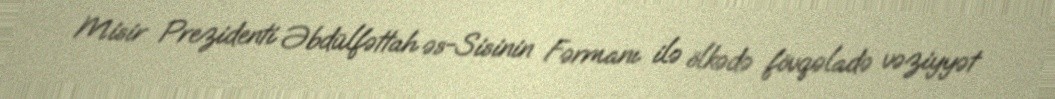
Misir Prezidenti Əbdülfəttah əs-Sisinin Fərmanı ilə ölkədə fövqəladə vəziyyət